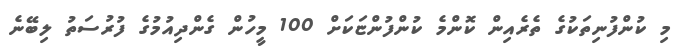
މި ކުންފުނިތަކުގެ ތެރެއިން ކޮންމެ ކުންފުންޏަކަށް 100 މީހުން ގެންދިއުމުގެ ފުރުސަތު ލިބޭނެ